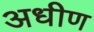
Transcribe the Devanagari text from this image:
अधीण